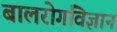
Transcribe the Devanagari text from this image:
बालरोगविज्ञान